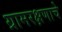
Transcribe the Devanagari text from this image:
ग्रामरक्षणाचे